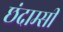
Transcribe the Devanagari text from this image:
छंदाम्सी